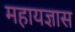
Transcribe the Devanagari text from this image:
महायज्ञास